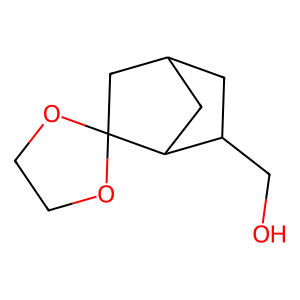
SMILES: OCC1CC2CC1C1(C2)OCCO1
Inhibits HIV replication: No